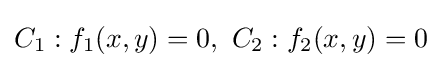
C_{1}:f_{1}(x,y)=0,\ C_{2}:f_{2}(x,y)=0